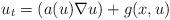
LaTeX: \begin{align*} u_t =(a(u)\nabla u)+ g(x,u)\end{align*}